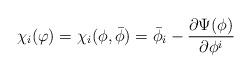
LaTeX: \begin{align*}\chi_i(\varphi)=\chi_i(\phi,{\bar\phi})={\bar\phi}_i-\frac{\partial\Psi(\phi)}{\partial\phi^i}\end{align*}